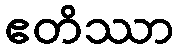
ဧတိဿာ